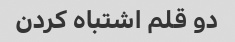
دو قلم اشتباه کردن